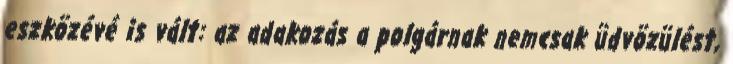
eszközévé is vált: az adakozás a polgárnak nemcsak üdvözülést,